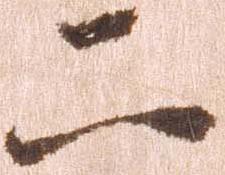
二